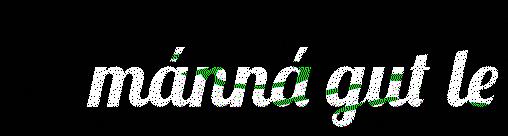
mánná gut le